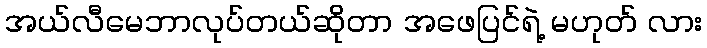
အယ်လီမေဘာလုပ်တယ်ဆိုတာ အဖေပြင်ရဲ့ မဟုတ် လား